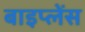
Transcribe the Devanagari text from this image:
बाइप्‍लेंस